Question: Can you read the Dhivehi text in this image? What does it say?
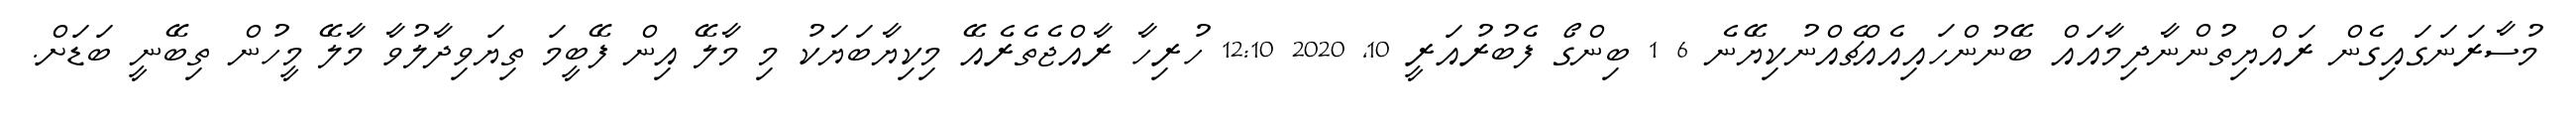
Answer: މުސާރަނަގައިގެން ރައްޔިތުންނާދިމާއައް ބޭނުންހައިއެއްޗެއްނުކިޔޭނެ 6 1 ބިންގޯ ފެބުރުއަރީ 10, 2020 12:10 ހުރިހާ ރާއްޖެތެރެއޭ މިކިޔާބަޔަކު މި މާލޭ އިން ފޭބީމަ ތިޔަވިދާލުވާ މާލޭ މީހުން ތިބޭނީ ބަޑަށް.